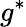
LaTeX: g^{\ast}